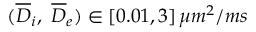
( \overline { { D } } _ { i } , \ \overline { { D } } _ { e } ) \in \left[ 0 . 0 1 , 3 \right] \mu m ^ { 2 } / m s